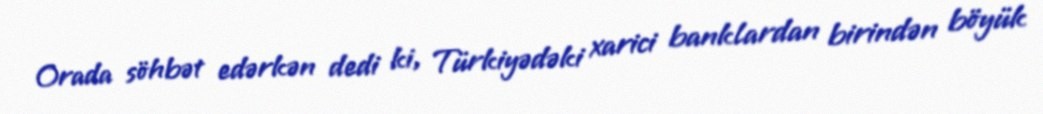
Orada söhbət edərkən dedi ki, Türkiyədəki xarici banklardan birindən böyük